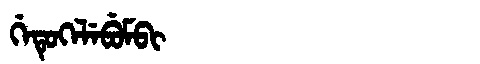
Manchu: ᡤᡝᡨᡠᡴᡝᠯᡝᠪᡠᠮᠪᡳ
Romanization: GETUKELEBUMBI